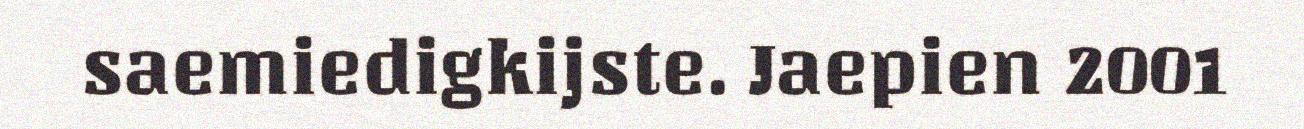
saemiedigkijste. Jaepien 2001